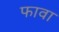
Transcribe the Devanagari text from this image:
फावा